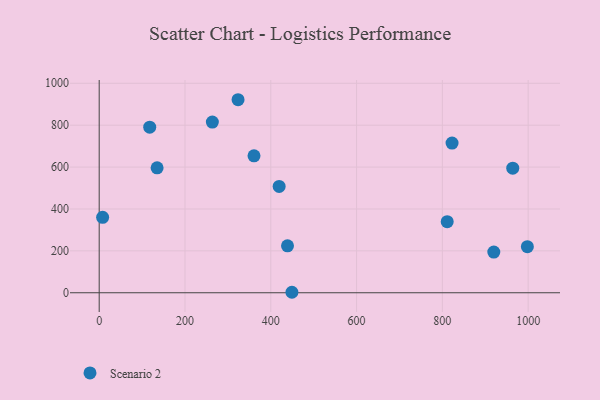
{"axis": {"x": "Speed", "y": "Yield"}, "legend": ["Scenario 2"], "data": [{"x": "263.8", "y": 814.7, "type": "Scenario 2"}, {"x": "419.5", "y": 507.7, "type": "Scenario 2"}, {"x": "998.2", "y": 219.9, "type": "Scenario 2"}, {"x": "439.0", "y": 224.2, "type": "Scenario 2"}, {"x": "449.3", "y": 2.3, "type": "Scenario 2"}, {"x": "811.3", "y": 339.5, "type": "Scenario 2"}, {"x": "360.9", "y": 653.7, "type": "Scenario 2"}, {"x": "919.9", "y": 194.1, "type": "Scenario 2"}, {"x": "135.0", "y": 596.3, "type": "Scenario 2"}, {"x": "323.7", "y": 921.5, "type": "Scenario 2"}, {"x": "964.1", "y": 594.7, "type": "Scenario 2"}, {"x": "8.0", "y": 360.2, "type": "Scenario 2"}, {"x": "822.6", "y": 714.7, "type": "Scenario 2"}, {"x": "117.8", "y": 790.3, "type": "Scenario 2"}]}